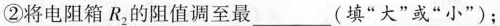
②将电阻箱R_{2}的阻值调至最____(填”大”或”小”)；